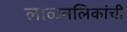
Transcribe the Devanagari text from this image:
लाळनलिकांची